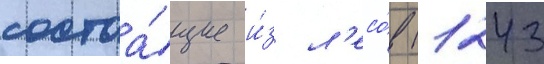
состоа́щие и́з л'есо́в (1243